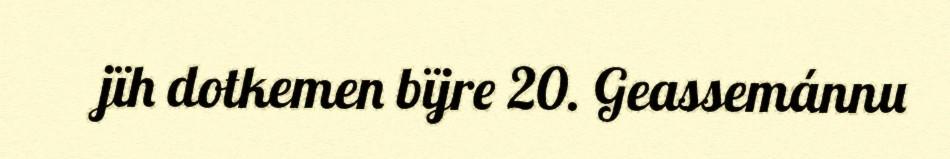
jïh dotkemen bïjre 20. Geassemánnu